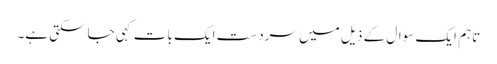
تاہم ایک سوال کے ذیل میں سردست ایک بات کہی جاسکتی ہے۔